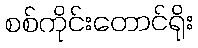
စစ်ကိုင်းတောင်ရိုး